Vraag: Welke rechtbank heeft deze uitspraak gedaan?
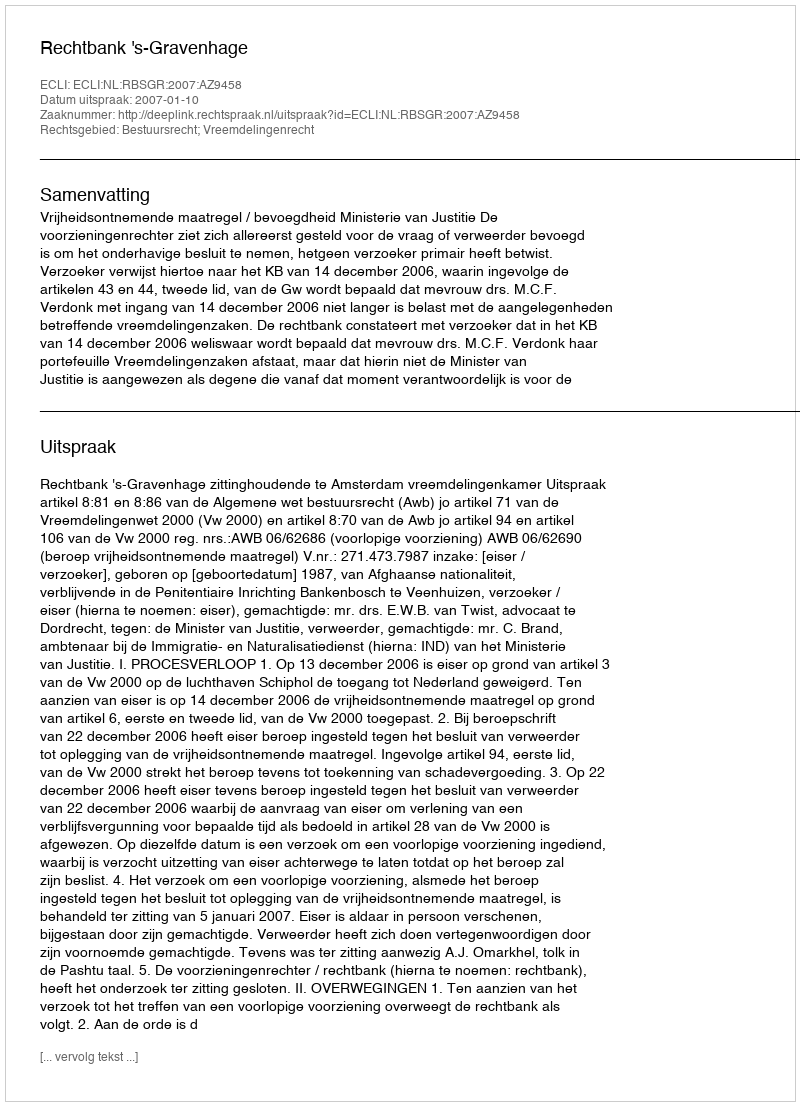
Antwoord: Rechtbank 's-Gravenhage